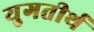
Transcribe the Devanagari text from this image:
युगतीर्थ